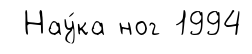
Нау́ка ног 1994